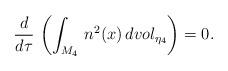
LaTeX: \begin{align*}\frac{d}{d\tau} \,\left(\int_{M_4}\,n^2(x)\,dvol_{{\eta}_4}\right)=0.\end{align*}